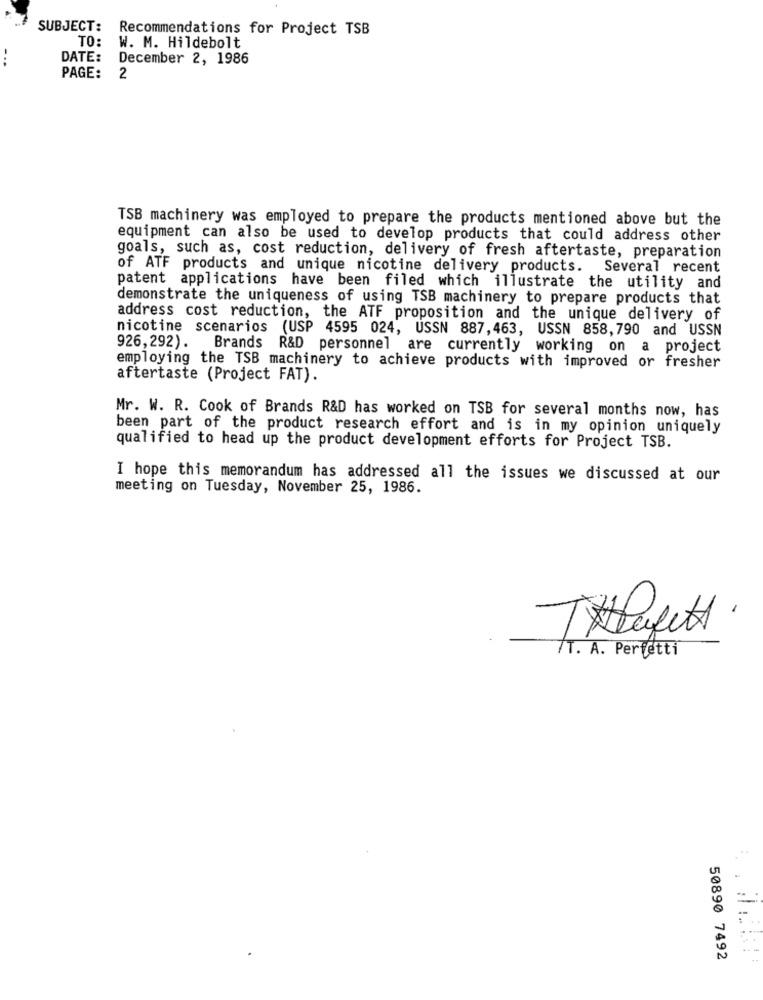
SUBJECT:
Recommendations for Project TSB
TO:
W. M. Hildebolt
...
DATE:
December 2, 1986
PAGE:
2
TSB machinery was employed to prepare the products mentioned above but the
equipment can also be used to develop products that could address other
goals, such as, cost reduction, delivery of fresh aftertaste, preparation
of ATF products and unique nicotine delivery products.
Several recent
patent applications have been filed which illustrate the utility and
demonstrate the uniqueness of using TSB machinery to prepare products that
address cost reduction, the ATF proposition and the unique delivery of
nicotine scenarios (USP 4595 024, USSN 887,463, USSN 858,790 and USSN
926,292). Brands R&D personnel are currently working on a project
employing the TSB machinery to achieve products with improved or fresher
aftertaste (Project FAT).
Mr. W. R. Cook of Brands R&D has worked on TSB for several months now, has
been part of the product research effort and is in my opinion uniquely
qualified to head up the product development efforts for Project TSB.
I hope this memorandum has addressed all the issues we discussed at our
meeting on Tuesday, November 25, 1986.
Thefett.
/T. A. Perfetti
-
50890 7492